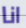
انا